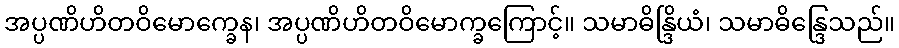
အပ္ပဏိဟိတဝိမောက္ခေန၊ အပ္ပဏိဟိတဝိမောက္ခကြောင့်။ သမာဓိန္ဒြိယံ၊ သမာဓိန္ဒြေသည်။